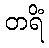
တရိံ